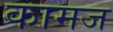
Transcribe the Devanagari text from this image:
कामज